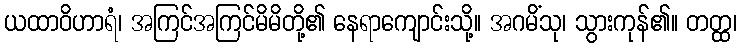
ယထာဝိဟာရံ၊ အကြင်အကြင်မိမိတို့၏ နေရာကျောင်းသို့။ အဂမိံသု၊ သွားကုန်၏။ တတ္ထ၊